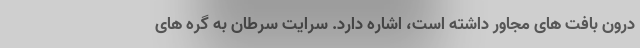
درون بافت های مجاور داشته است، اشاره دارد. سرایت سرطان به گره های